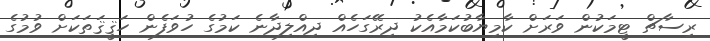
ރިސާޗް ޓީމަކުން ވަރަށް ކާމިޔާބުކަމާއެކު ދިރޭގަހެއް ދިއްލިދާނެ ކަމުގެ ހުވަފެން ހަޤީޤަތަކަށް ވުމުގެ